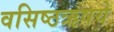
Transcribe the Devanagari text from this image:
वसिष्ठऋषये